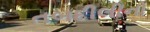
તબદીલીનો